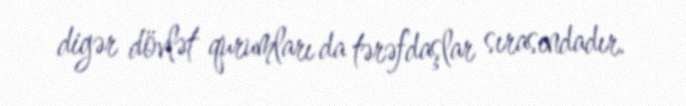
digər dövlət qurumları da tərəfdaşlar sırasındadır.